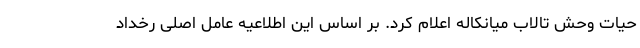
حیات وحش تالاب میانکاله اعلام کرد. بر اساس این اطلاعیه عامل اصلی رخداد